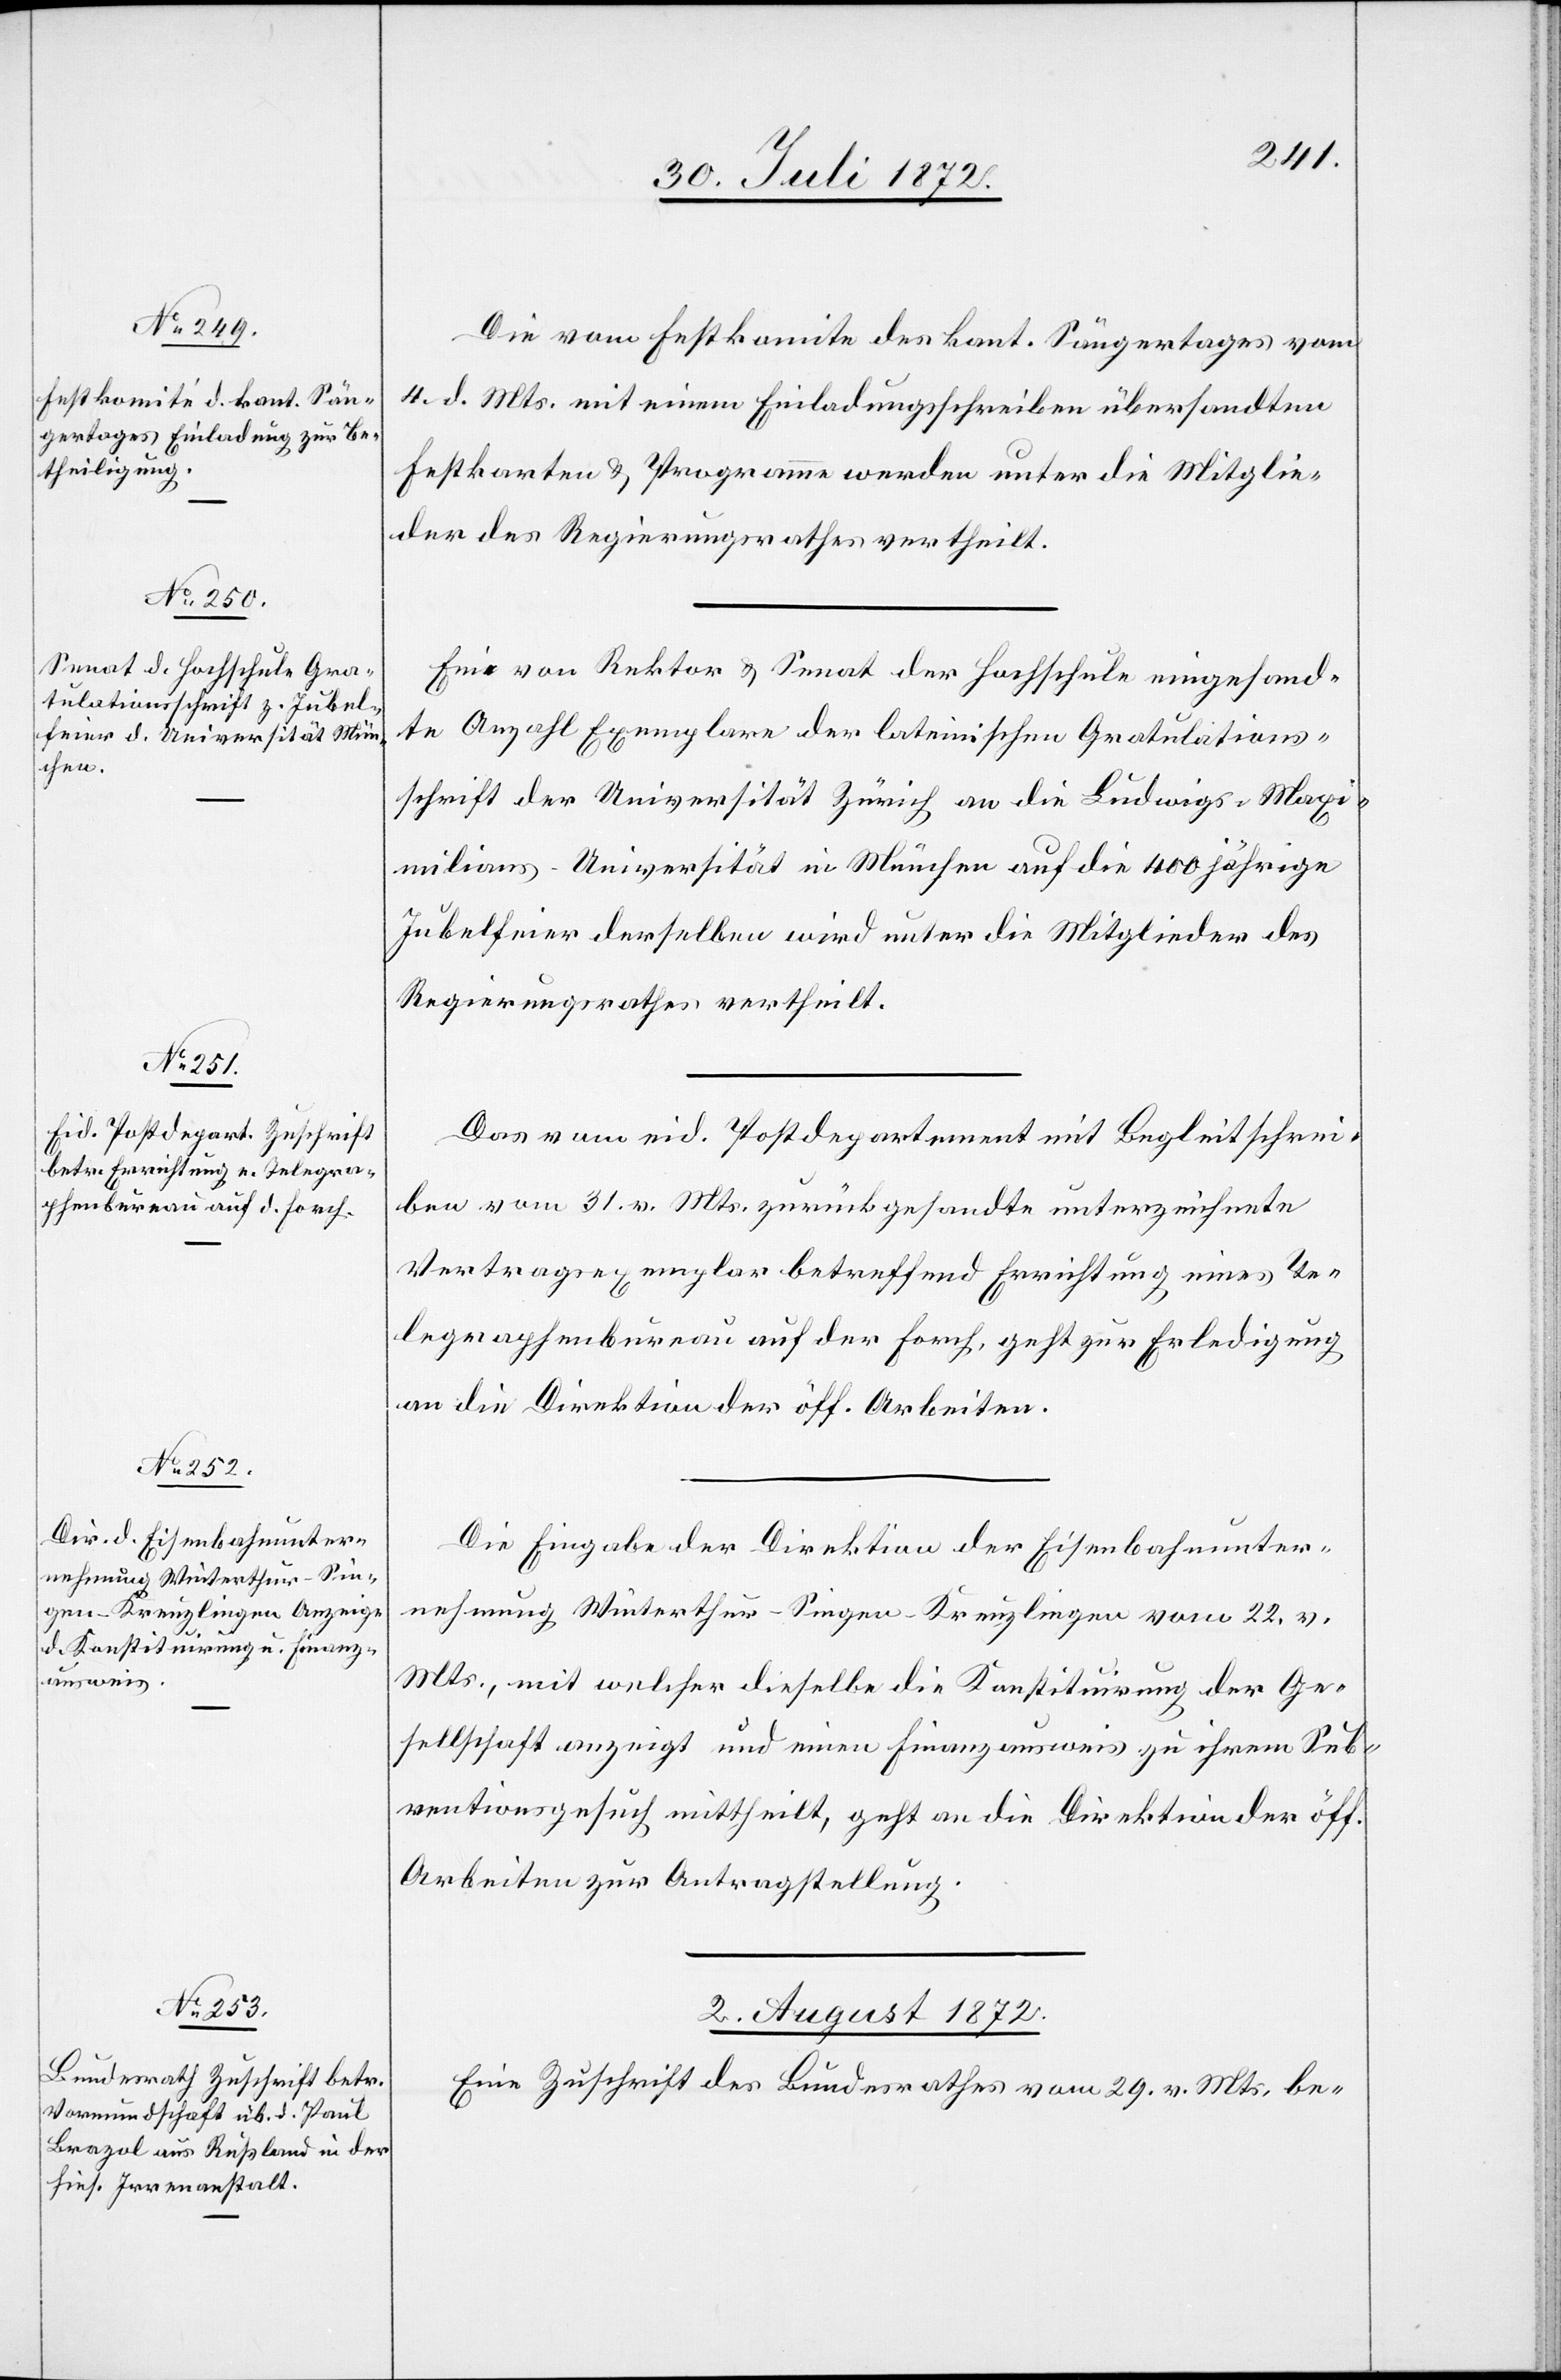
Die vom Festkomite des kant. Sängertages vom
4. d. Mts. mit einem Einladungsschreiben übersandten
Festkarten u. Programme werden unter die Mitglie¬
der des Regierungsrathes vertheilt.
Eine von Rektor u. Senat der Hochschule eingesand¬
te Anzahl Exemplare der lateinischen Gratulations¬
schrift der Universität Zürich an die Ludwigs-Maxi¬
milians-Universität in München auf die 400jährige
Jubelfeier derselben wird unter die Mitglieder des
Regierungsrathes vertheilt.
Das vom eid. Postdepartement mit Begleitschrei¬
ben vom 31. v. Mts. zurückgesandte unterzeichnete
Vertragsexemplar betreffend Errichtung eines Te¬
legraphenbureau auf der Forch, geht zur Erledigung
an die Direktion der öff. Arbeiten.
Die Eingabe der Direktion der Eisenbahnunter¬
nehmung Winterthur–Singen–Kreuzlingen vom 22. v.
Mts., mit welcher dieselbe die Konstituirung der Ge¬
sellschaft anzeigt und einen Finanzausweis zu ihrem Sub¬
ventionsgesuch mittheilt, geht an die Direktion der öff.
Arbeiten zur Antragstellung.
2. August 1872.
Eine Zuschrift des Bundesrathes vom 29. v. Mts. be-